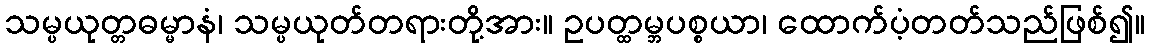
သမ္ပယုတ္တဓမ္မာနံ၊ သမ္ပယုတ်တရားတို့အား။ ဥပတ္ထမ္ဘပစ္စယာ၊ ထောက်ပံ့တတ်သည်ဖြစ်၍။